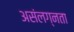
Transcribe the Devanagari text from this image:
असंलग्नता